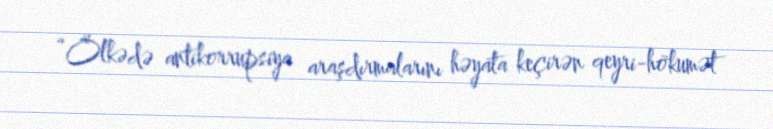
“Ölkədə antikorrupsiya araşdırmalarını həyata keçirən qeyri-hökumət